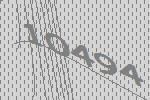
10494